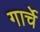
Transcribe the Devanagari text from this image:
गार्चे